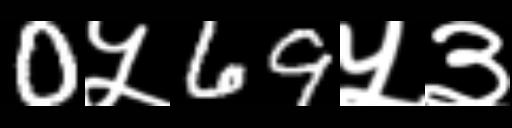
Text: 0५69५३